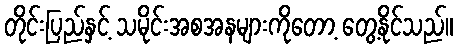
တိုင်းပြည်နှင့် သမိုင်းအစအနများကိုတော့ တွေ့နိုင်သည်။